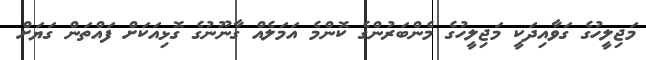
މަޖިލީހުގެ ގަވާއިދަކީ މަޖިލީހުގެ މެންބަރުންގެ ކޮންމެ އަމަލެއް ގާނޫނުގެ ގޮޅިއަކަށް ފައްތަން ގަޔަށް